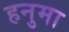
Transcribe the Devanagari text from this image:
हनुमा